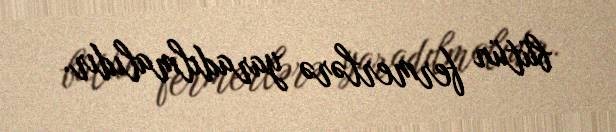
bütün fermerlərə yaradılmalıdır.